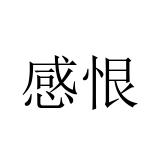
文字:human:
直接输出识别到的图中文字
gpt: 感恨